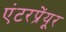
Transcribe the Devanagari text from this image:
एंटरप्रेंयूर